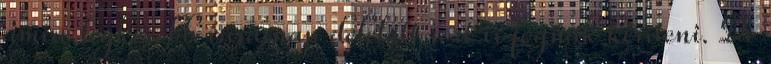
amire legkésőbb vasárnap délelőtt sort is fognak keríteni. De